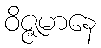
ဝိဇ္ဇမာနေ